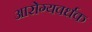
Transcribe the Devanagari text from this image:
आरोग्‍यवर्धक